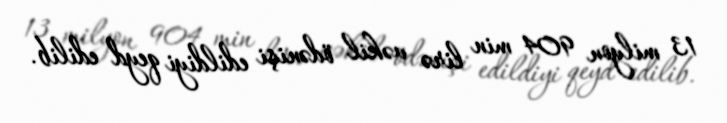
13 milyon 904 min lirə vəkil ödənişi edildiyi qeyd edilib.